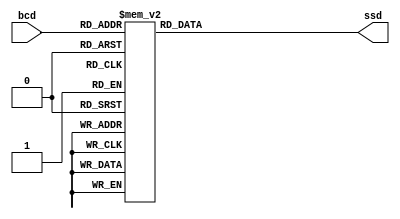
module sevenSegmentDecoder (
	input wire [3:0] bcd,
	output reg [6:0] ssd
);

	// The SSD is 'active low', which means the various segments are illuminated 
	// when supplied with logic low '0'.

	always @(*) begin
		case(bcd)
			4'd0 : ssd = 7'b0000001;
			4'd1 : ssd = 7'b1001111;
			4'd2 : ssd = 7'b0010010;
			4'd3 : ssd = 7'b0000110;
			4'd4 : ssd = 7'b1001100;
			4'd5 : ssd = 7'b0100100;
			4'd6 : ssd = 7'b0100000;
			4'd7 : ssd = 7'b0001111;
			4'd8 : ssd = 7'b0000000;
			4'd9 : ssd = 7'b0000100;

			default : ssd = 7'b1111111;
		endcase
	end

endmodule